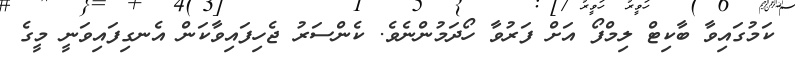
ކަމުގައިވާ ބާކިޓް ލިމްފޯ އަށް ފަރުވާ ހޯދަމުންނެވެ. ކެންސަރު ޖެހިފައިވާކަން އެނގިފައިވަނީ މީގެ